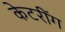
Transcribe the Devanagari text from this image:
केटरींग